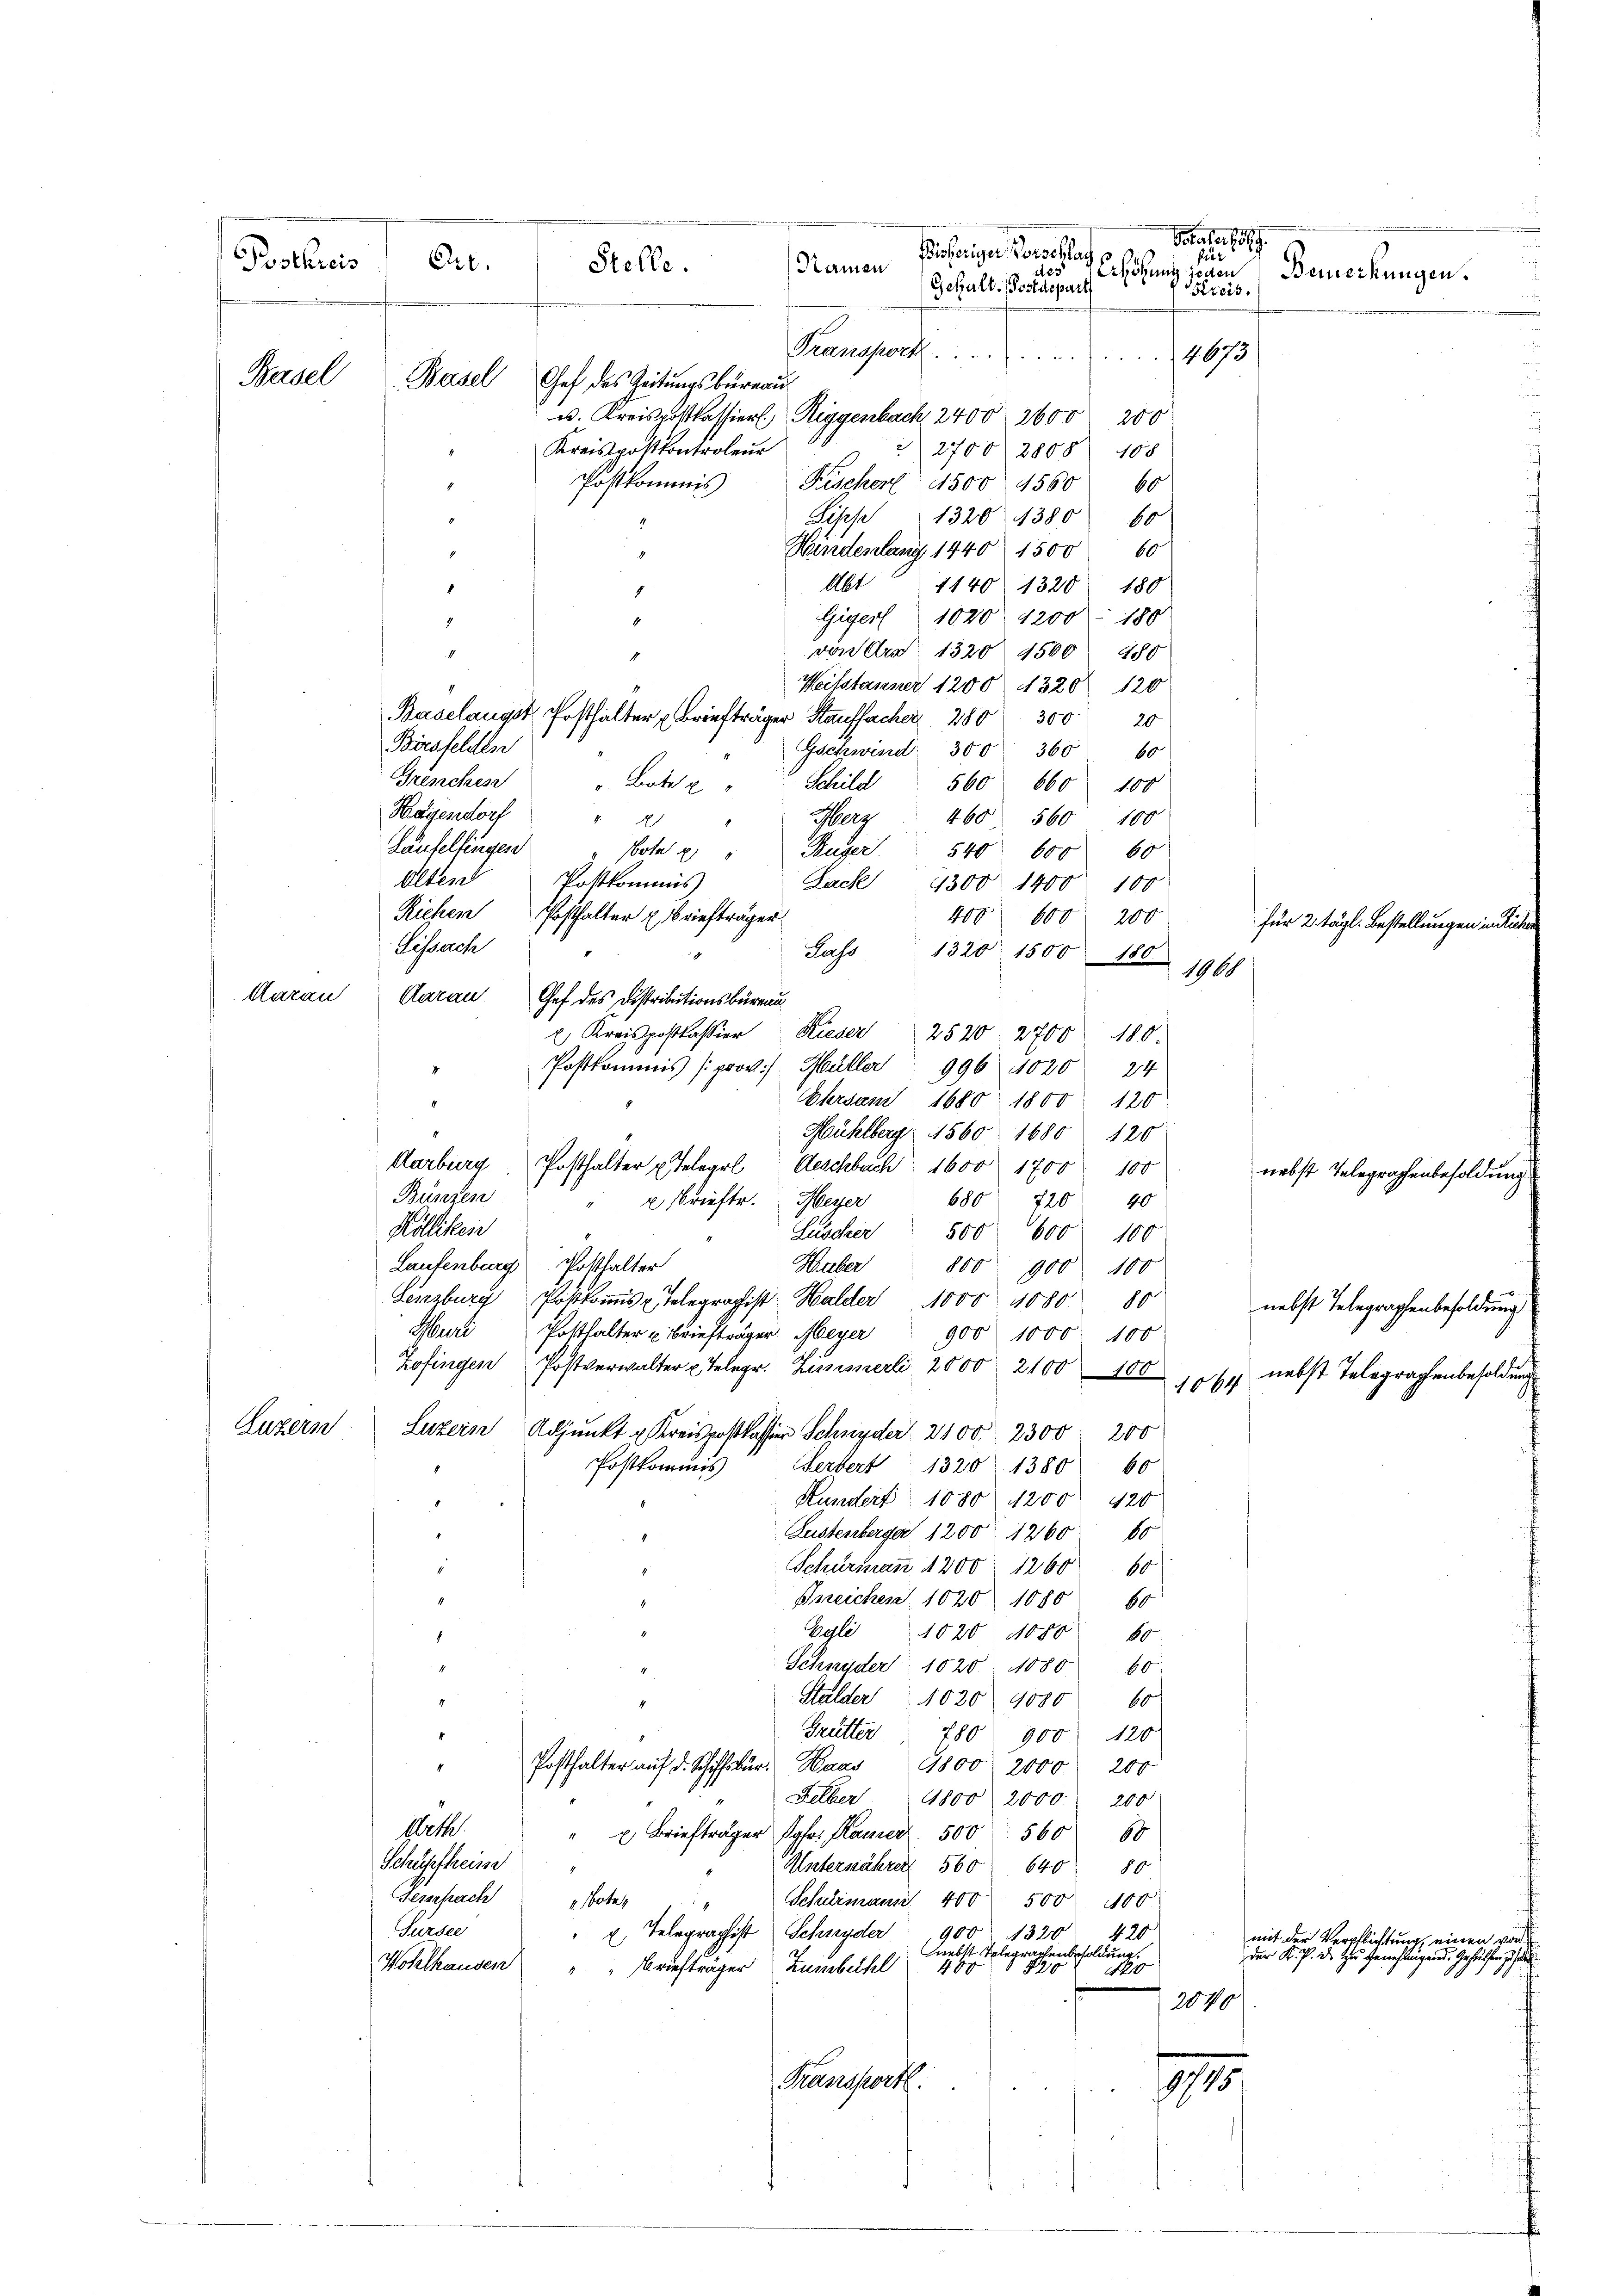
Poluter folg
Bisherigen Vorschlach,
fi
Postkreis
Art.
Stelle.
Namen
des
Erhöhung jeden
Gehalt. Postdepart
Streis.
Transport 4673
Basel
Basel, Chef des Zeitungsbureau
u. Kreispostkassiert. Riggenbach 2400 2600 200
Kreispostkontroleur
2700 2800 108
2
Postkommnis
Fischen 1500 1560 60
Losese
13201380 60

Aarau
Luzern

Hundenlang 1440 1500 60
Abt
1140. 1320; 180
Gigers 1020 1200 - 180
i
von Art. 1320 4500 480
4
Weisstanner 1200 4320. 120
Baselangst Posthalter Briefträger Kauffacher 280 300 20
Bürsfelden
Gschwind 300 360 60
Grenches
 Bote " " Schild
560 660 100
Hagendorf
Neg
460 560 100
4
1
Laufelfingen
ote 2) " Huger
540. 600 60
Alten
Postkommis
Lach 4300 1400. 100
Riehen Posthalter u. Briefträger
40f 600. 200
Lissache
Lass
1320. 1500 180
4
190
Aarau Chef des Distributionsbüreau
 Kreispostkassier Kieser 2520 2700 180
Postkommis (prov.) Müller 996 1020 24
Obersam 1680 1800 120
17
Mühlberg 1560 1680 120
Bünzen
680 720 40
Kölliken
Luscher
500. 600 100
Huber
800 900 100
Lenzburg Postkommis Telegraphist Halder 1000. 1080 80
Saal
Potthalter u Briefträger Meyer
900 1000. 100
Zofingen Postverwalter u Telegr. Zinsnerli 2000 2100 - 100
1064
Luzern
Adjunkt u. Kreispostkassion Schnyder 2100. 2300 200
Postkommnis
Serbert 1320 1380. 60
Hundert 1080 1200. 420
Lustenberger 1200 1260
10
Schurmann 1200. 1260. 60
.
E
Ineichen 1020 1080. 60
Regle
4
1020 1080. 60
1
Schnyder 1020 1880 60
Stalder 1020 1880 60
Grütter 780 900 120
Posthalter auf d. Schiffsbur. Haus 1800 2000. 200
Felber 1800 2000 200
Gese
 Briefträger Jgfr. Kamer 500 560 60
Schüpfheim
Usternähren 560 640 80
Sempach „botes
Schelmann 400 500. 400
Sursee
Telegraphist Schnyder
900 1320 420
E
nebst Telegraphenbesoldung,
Wohlhausen
Briefträger Zumbichl 400 1820
420
2040
Transport
9745
n

Aarburg, Posthalter u Telegel Geschbach 1600 1700 100
2 Brieftr. Meyer
Laufenburg Posthalter

Bemerkungen.

für 2. tägl. Bestellungen in Reche
nebst Telegraphenbesoldung
nebst Telegraphenbesoldung
nebst Telegraphenbesoldung

mit der Verpflichtung, einen von
der K. P. D. zur Genehmungend. Gehülfen gehalte